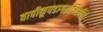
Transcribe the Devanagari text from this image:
वापीकूपडागराजिरुचिरं